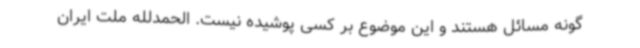
گونه مسائل هستند و این موضوع بر کسی پوشیده نیست. الحمدلله ملت ایران